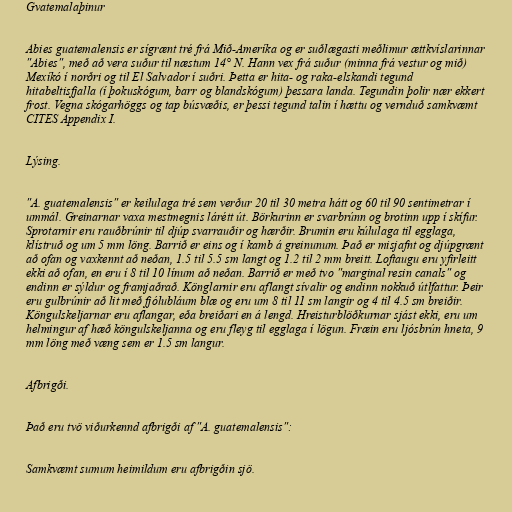
Gvatemalaþinur

Abies guatemalensis er sígrænt tré frá Mið-Ameríka og er suðlægasti meðlimur ættkvíslarinnar
"Abies", með að vera suður til næstum 14° N. Hann vex frá suður (minna frá vestur og mið)
Mexíkó í norðri og til El Salvador í suðri. Þetta er hita- og raka-elskandi tegund
hitabeltisfjalla (í þokuskógum, barr og blandskógum) þessara landa. Tegundin þolir nær ekkert
frost. Vegna skógarhöggs og tap búsvæðis, er þessi tegund talin í hættu og vernduð samkvæmt
CITES Appendix I.

Lýsing.

"A. guatemalensis" er keilulaga tré sem verður 20 til 30 metra hátt og 60 til 90 sentimetrar í
ummál. Greinarnar vaxa mestmegnis lárétt út. Börkurinn er svarbrúnn og brotinn upp í skífur.
Sprotarnir eru rauðbrúnir til djúp svarrauðir og hærðir. Brumin eru kúlulaga til egglaga,
klístruð og um 5 mm löng. Barrið er eins og í kamb á greinunum. Það er misjafnt og djúpgrænt
að ofan og vaxkennt að neðan, 1.5 til 5.5 sm langt og 1.2 til 2 mm breitt. Loftaugu eru yfirleitt
ekki að ofan, en eru í 8 til 10 línum að neðan. Barrið er með tvo "marginal resin canals" og
endinn er sýldur og framjaðrað. Könglarnir eru aflangt sívalir og endinn nokkuð útlfattur. Þeir
eru gulbrúnir að lit með fjólubláum blæ og eru um 8 til 11 sm langir og 4 til 4.5 sm breiðir.
Köngulskeljarnar eru aflangar, eða breiðari en á lengd. Hreisturblöðkurnar sjást ekki, eru um
helmingur af hæð köngulskeljanna og eru fleyg til egglaga í lögun. Fræin eru ljósbrún hneta, 9
mm löng með væng sem er 1.5 sm langur.

Afbrigði.

Það eru tvö viðurkennd afbrigði af "A. guatemalensis":

Samkvæmt sumum heimildum eru afbrigðin sjö.